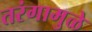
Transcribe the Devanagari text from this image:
तरंगामुळे